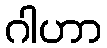
ဂါဟာ